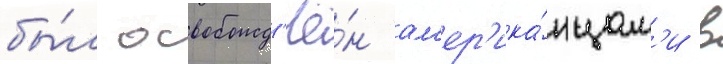
бы́л освобожд'ё́н ам'ер'ика́нцам'и в